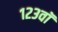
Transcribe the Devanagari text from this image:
१२३वॉ